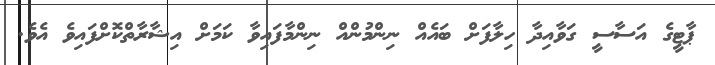
ޕާޓީގެ އަސާސީ ގަވާއިދާ ހިލާފަށް ބައެއް ނިންމުންއް ނިންމާފައިވާ ކަމަށް އިޝާރާތްކޮށްފައިވެ އެވެ.